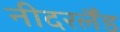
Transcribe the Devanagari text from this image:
नीदरर्लैंड